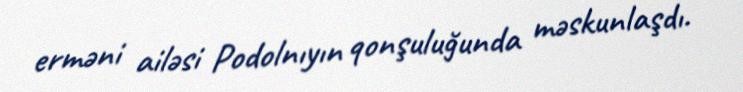
erməni ailəsi Podolnıyın qonşuluğunda məskunlaşdı.